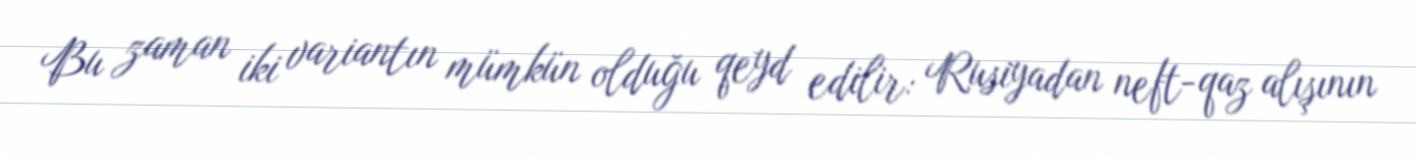
Bu zaman iki variantın mümkün olduğu qeyd edilir: Rusiyadan neft-qaz alışının